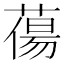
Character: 𮐲